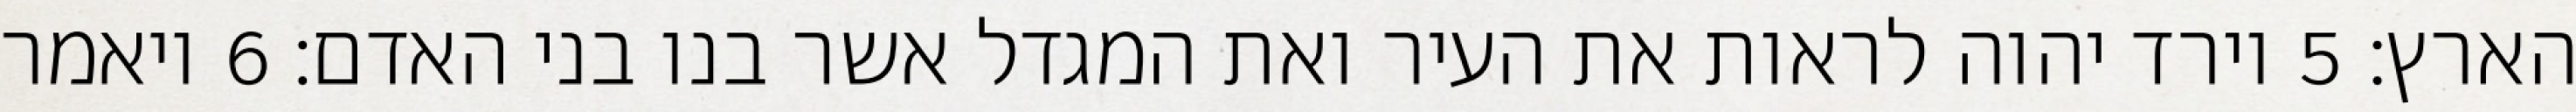
הארץ׃ ‎5‏ וירד יהוה לראות את העיר ואת המגדל אשר בנו בני האדם׃ ‎6‏ ויאמר